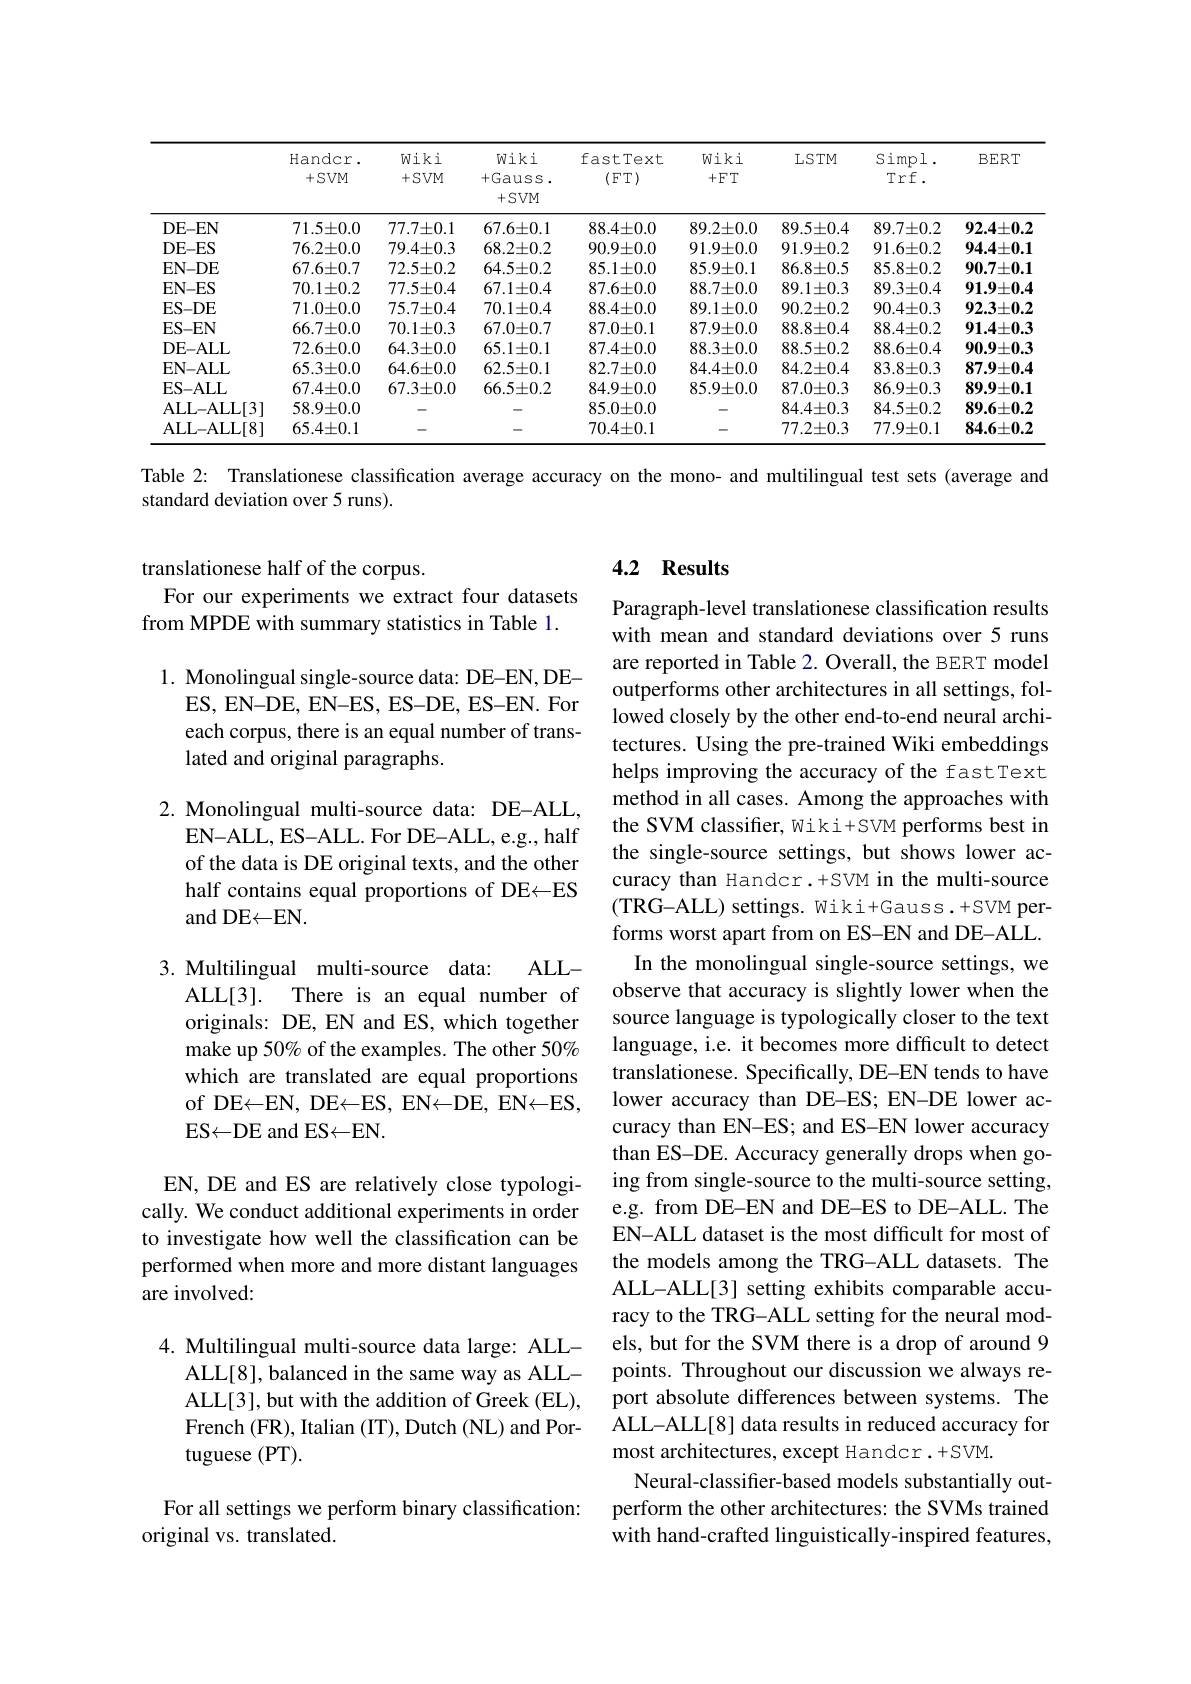
<table>
	<tbody>
		<tr>
			<th> </th>
			<th>$\operatorname{Handcr}.$ $+SV$M</th>
			<th>Wiki $+SVM$</th>
			<th>Wiki +Gauss. +SVM</th>
			<th>fastText (FT)</th>
			<th>Wiki +FT</th>
			<th>LSTM</th>
			<th>Simpl $Trf.$</th>
			<th>BERT</th>
		</tr>
		<tr>
			<td>DE- EN</td>
			<td>$71.5\pm0.0$</td>
			<td>$77.7\pm0.1$</td>
			<td>$67.6\pm0.1$</td>
			<td>$88.4\pm0.0$</td>
			<td>$89.2\pm0.0$</td>
			<td>$89.5\pm0.4$</td>
			<td>$89.7\pm0.2$</td>
			<td>$92.4\pm0.2$</td>
		</tr>
		<tr>
			<td>DE- ES</td>
			<td>$76.2\pm0.0$</td>
			<td>$79.4\pm0.3$</td>
			<td>$68.2\pm0.2$</td>
			<td>$90.9\pm0.0$</td>
			<td>$91.9\pm0.0$</td>
			<td>$91.9\pm0.2$</td>
			<td>$91.6\pm0.2$</td>
			<td>$94.4\pm0.1$</td>
		</tr>
		<tr>
			<td>$\mathbf{EN-DE}$</td>
			<td>$67.6\pm0.7$</td>
			<td>$72.5\pm0.2$</td>
			<td>$$64.5\pm0.2$$</td>
			<td>$85.1\pm0.0$</td>
			<td>$85.9\pm0.1$</td>
			<td>$86.8\pm0.5$</td>
			<td>$85.8\pm0.2$</td>
			<td>$90.7\pm0.1$</td>
		</tr>
		<tr>
			<td>EN-ES</td>
			<td>$70.1\pm0.2$</td>
			<td>$77.5\pm0.4$</td>
			<td>$67.1\pm0.4$</td>
			<td>$87.6\pm0.0$</td>
			<td>$88.7\pm0.0$</td>
			<td>$89.1\pm0.3$</td>
			<td>$89.3\pm0.4$</td>
			<td>$91.9\pm0.4$</td>
		</tr>
		<tr>
			<td>$\mathbf{ES-DE}$</td>
			<td>$71.0\pm0.0$</td>
			<td>$75.7\pm0.4$</td>
			<td>$70.1\pm0.4$</td>
			<td>$88.4\pm0.0$</td>
			<td>$89.1\pm0.0$</td>
			<td>$90.2\pm0.2$</td>
			<td>$90.4\pm0.3$</td>
			<td>$92.3\pm0.2$</td>
		</tr>
		<tr>
			<td>ES-EN</td>
			<td>$66.7\pm0.0$</td>
			<td>$70.1\pm0.3$</td>
			<td>$67.0\pm0.7$</td>
			<td>$87.0\pm0.1$</td>
			<td>$87.9\pm0.0$</td>
			<td>$88.8\pm0.4$</td>
			<td>$88.4\pm0.2$</td>
			<td>$91.4\pm0.3$</td>
		</tr>
		<tr>
			<td>DE- ALL</td>
			<td>$72.6\pm0.0$</td>
			<td>$64.3\pm0.0$</td>
			<td>$65.1\pm0.1$</td>
			<td>$87.4\pm0.0$</td>
			<td>$88.3\pm0.0$</td>
			<td>$88.5\pm0.2$</td>
			<td>$88.6\pm0.4$</td>
			<td>$90.9\pm0.3$</td>
		</tr>
		<tr>
			<td>EN- ALL</td>
			<td>$65.3\pm0.0$</td>
			<td>$64.6\pm0.0$</td>
			<td>$62.5\pm0.1$</td>
			<td>$82.7\pm0.0$</td>
			<td>$84.4\pm0.0$</td>
			<td>$84.2\pm0.4$</td>
			<td>$83.8\pm0.3$</td>
			<td>$87.9\pm0.4$</td>
		</tr>
		<tr>
			<td>$\mathbf{ES-ALL}$</td>
			<td>$67.4\pm0.0$</td>
			<td>$67.3\pm0.0$</td>
			<td>$66.5\pm0.2$</td>
			<td>$84.9\pm0.0$</td>
			<td>$85.9\pm0.0$</td>
			<td>$87.0\pm0.3$</td>
			<td>$86.9\pm0.3$</td>
			<td>$89.9\pm0.1$</td>
		</tr>
		<tr>
			<td>ALL- ALL[ 3] </td>
			<td>$58.9\pm0.0$</td>
			<td> </td>
			<td> </td>
			<td>$85.0\pm0.0$</td>
			<td> </td>
			<td>$84.4\pm0.3$</td>
			<td>$84.5\pm0.2$</td>
			<td>$89.6\pm0.2$</td>
		</tr>
		<tr>
			<td>ALL- ALL[ 8] </td>
			<td>$65.4\pm0.1$</td>
			<td> </td>
			<td> </td>
			<td>$70.4\pm0.1$</td>
			<td> </td>
			<td>$77.2\pm0.3$</td>
			<td>$77.9\pm0.1$</td>
			<td>$84.6\pm0.2$</td>
		</tr>
	</tbody>
</table>

Table 2: Translationese classification average accuracy on the mono- and multilingual test sets (average and
standard deviation over 5 runs).

### 4.2 Results

translationese half of the corpus.
For our experiments we extract four datasets from MPDE with summary statistics in Table 1.

1. Monolingual single-source data: DE-EN, DE-
ES, EN-DE, EN-ES, ES-DE, ES-EN. For each corpus, there is an equal number of translated and original paragraphs.

2. Monolingual multi-source data: DE-ALL,
EN-ALL, ES-ALL. For DE-ALL, e.g., half of the data is DE original texts, and the other half contains equal proportions of DE-ES and DE$\leftarrow$EN.

$ALL-$
ALL[3]. There is an equal number of

3. Multilingual multi-source data:
originals: DE, EN and ES, which together make up 50% of the examples. The other 50% which are translated are equal proportions of DE$\leftarrow$EN, DE$\leftarrow$ES, EN$\leftarrow$DE, EN$\leftarrow$ES, ES$\leftarrow$DE and ES$\leftarrow$EN.

Paragraph-level translationese classification results with mean and standard deviations over 5 runs are reported in Table 2. Overall, the BERT model outperforms other architectures in all settings, followed closely by the other end-to-end neural architectures. Using the pre-trained Wiki embeddings helps improving the accuracy of the fastText method in all cases. Among the approaches with the SVM classifer, Wiki+SVM performs best in the single-source settings, but shows lower accuracy than Handcr.+SVM in the multi-source (TRG-ALL) settings. Wiki+Gauss.+SVM performs worst apart from on ES-EN and DE-ALL. In the monolingual single-source settings, we observe that accuracy is slightly lower when the source language is typologically closer to the text language, i.e. it becomes more difficult to detect translationese. Specifically, DE-EN tends to have lower accuracy than DE-ES; EN-DE lower accuracy than EN-ES; and ES-EN lower accuracy than ES-DE. Accuracy generally drops when going from single-source to the multi-source setting, e.g. from DE-EN and DE-ES to DE-ALL. The EN-ALL dataset is the most difficult for most of the models among the TRG-ALL datasets. The ALL-ALL[3] setting exhibits comparable accuracy to the TRG-ALL setting for the neural models, but for the SVM there is a drop of around 9 points. Throughout our discussion we always report absolute differences between systems. The ALL-ALL[8] data results in reduced accuracy for most architectures, except Handcr. +SVM.
Neural-classifer-based models substantially outperform the other architectures: the SVMs trained with hand-crafted linguistically-inspired features,

EN, DE and ES are relatively close typologically. We conduct additional experiments in order to investigate how well the classification can be performed when more and more distant languages are involved:

4. Multilingual multi-source data large: ALL-
ALL[8], balanced in the same way as ALLALL[3], but with the addition of Greek (EL), French (FR), Italian (IT), Dutch (NL) and Portuguese (PT).

For all settings we perform binary classification:
original vs. translated.